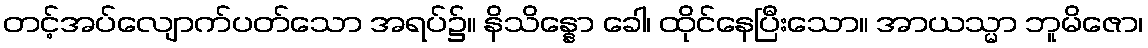
တင့်အပ်လျောက်ပတ်သော အရပ်၌။ နိသိန္နော ခေါ၊ ထိုင်နေပြီးသော။ အာယသ္မာ ဘူမိဇော၊